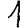
Digit: 1